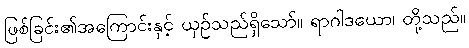
ဖြစ်ခြင်း၏အကြောင်းနှင့် ယှဉ်သည်ရှိသော်။ ရာဂါဒယော၊ တို့သည်။